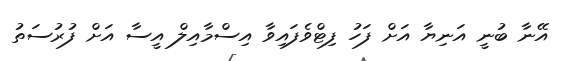
އޭނާ ބުނީ އަނިޔާ އަށް ފަހު ފިޓްވެފައިވާ އިސްމާއިލް އީސާ އަށް ފުރުސަތު